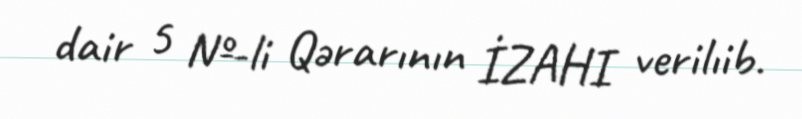
dair 5 №-li Qərarının İZAHI verilıib.